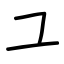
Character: ユ